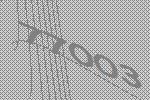
77003